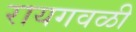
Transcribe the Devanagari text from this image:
रायगवळी